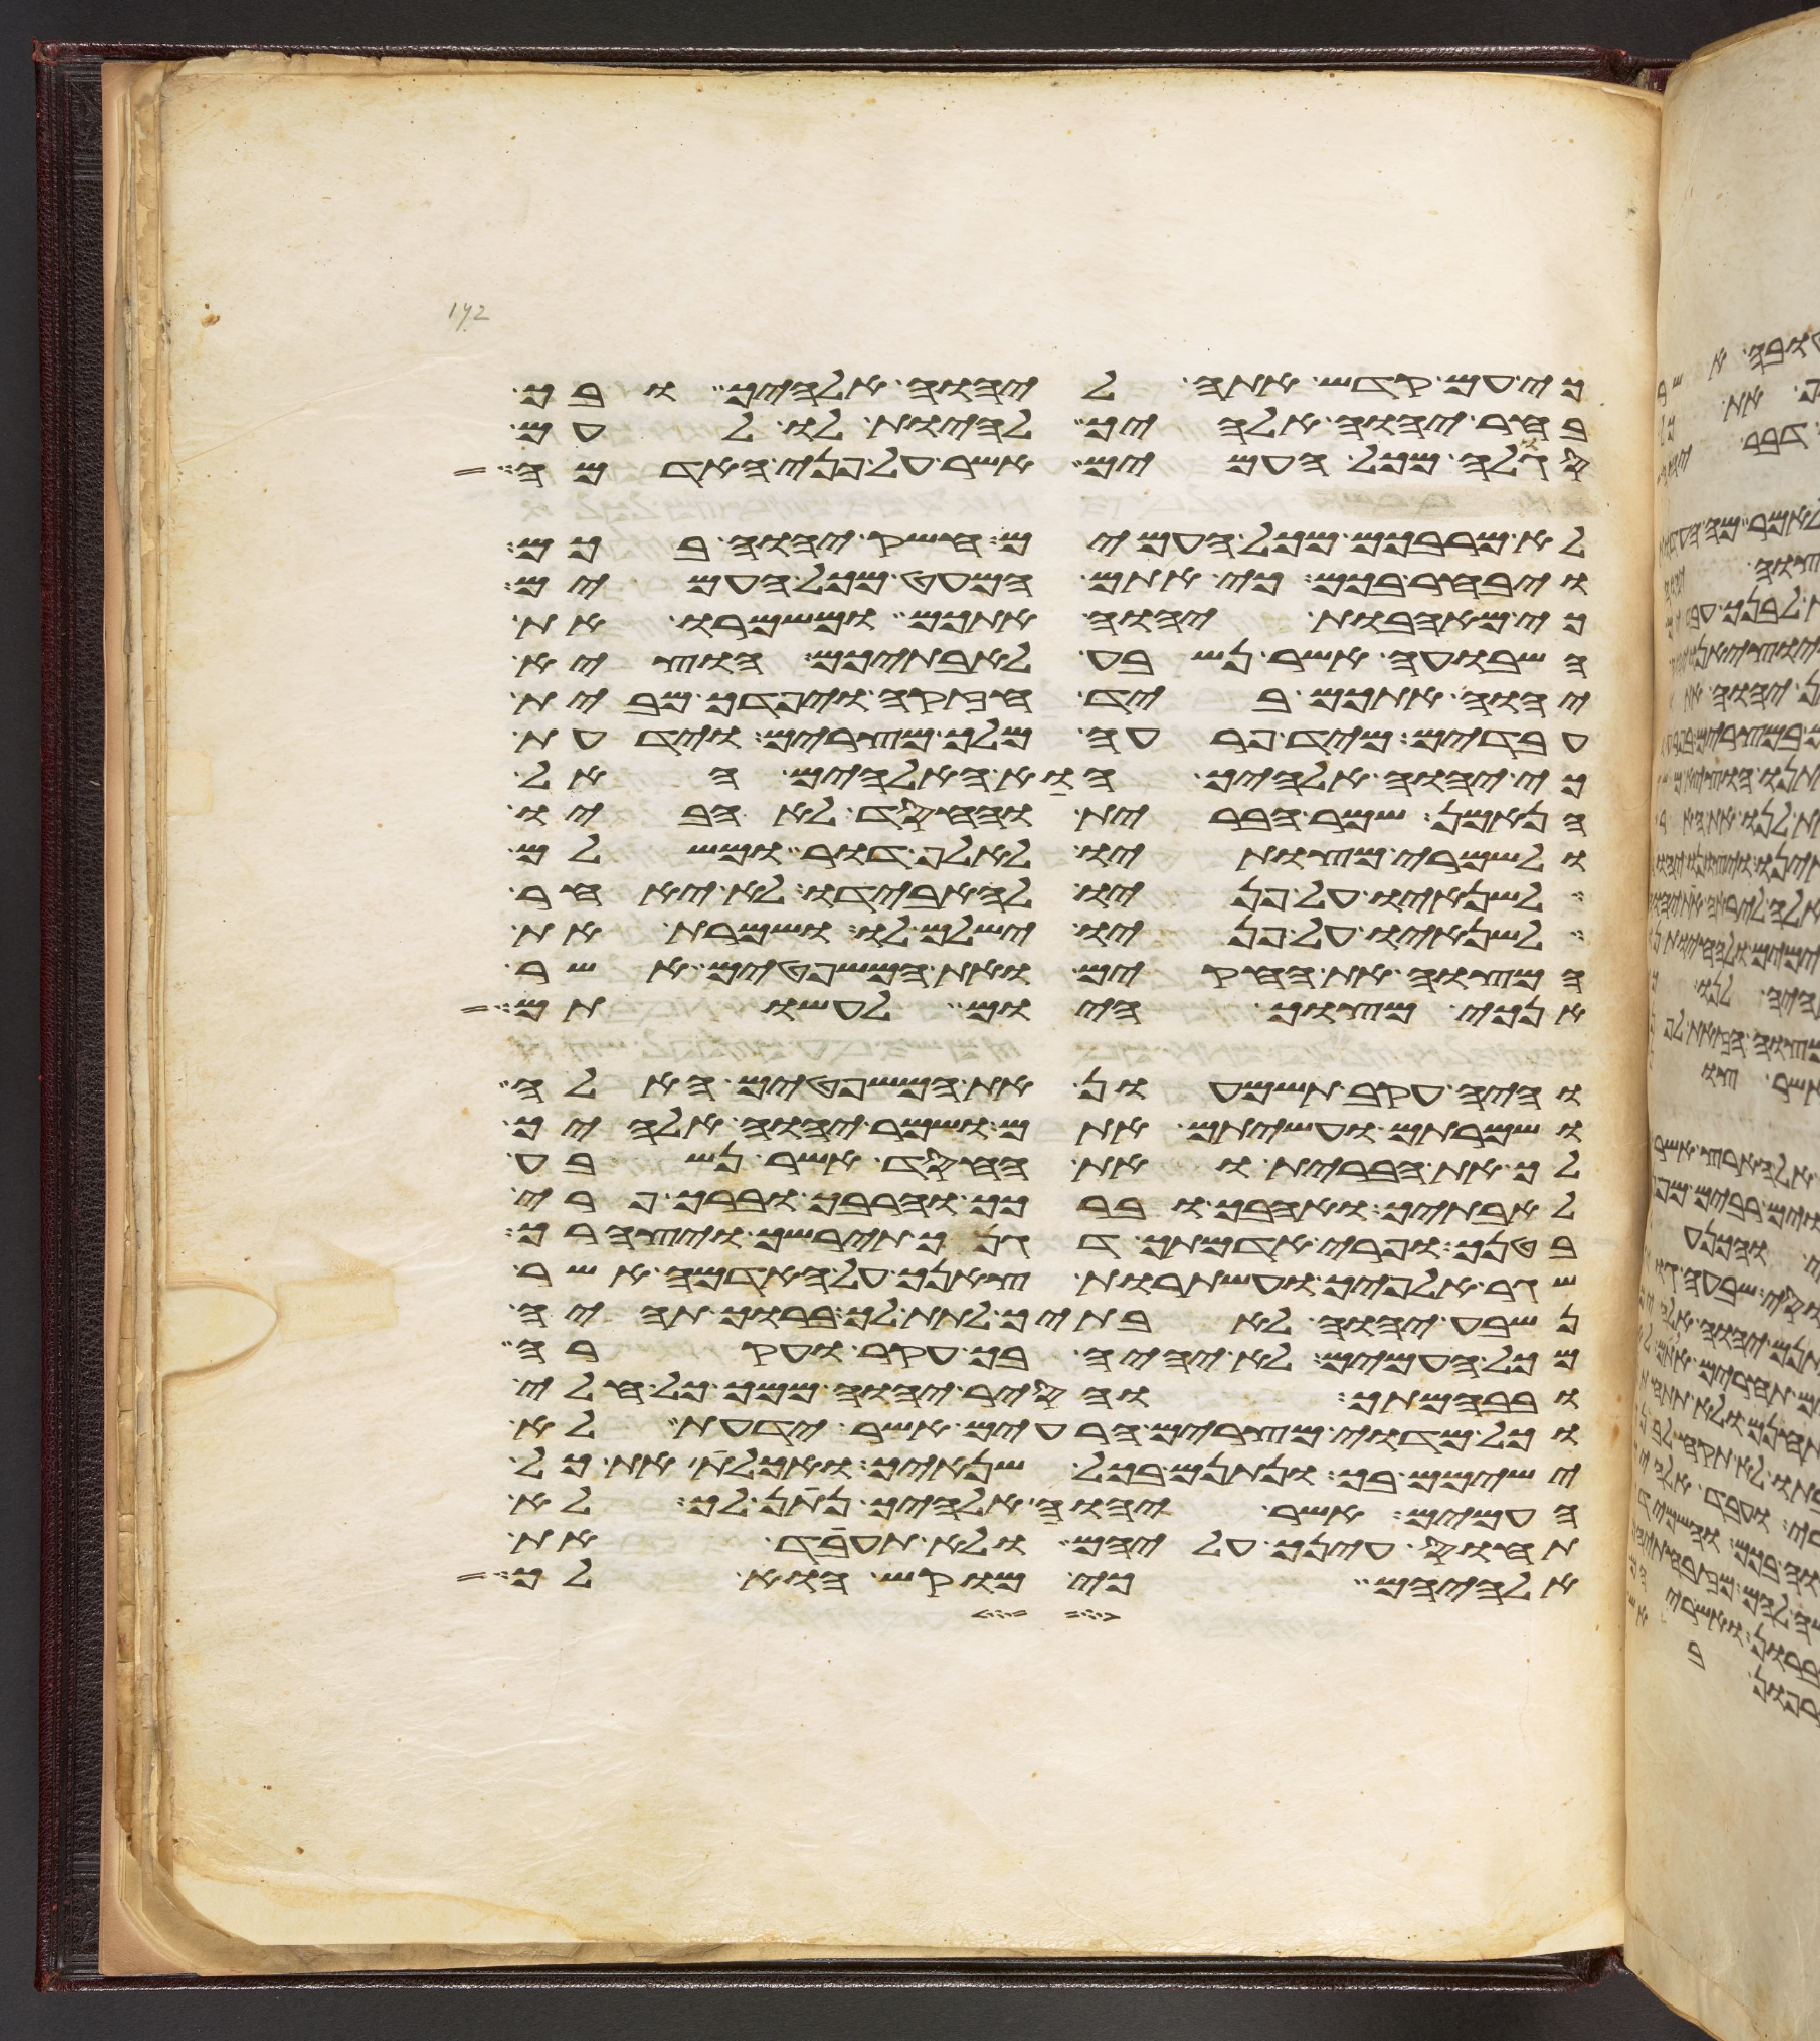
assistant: כי עם קדש אתה ליהוה אלהיך ובך
בחר יהוה אלהיך להיות לו לעם
סגלה מכל העמים אשר על פני האדמה
לא מרבכם מכל העמים חשק יהוה בכם
ויבחר בכם כי אתם המעט מכל העמים
כי מאהבת יהוה אתכם ומשמרו את
השבועה אשר נשבע לאבתיכם הוציא
יהוה אתכם ביד חזקה ויפדך מבית
עבדים מיד פרעה מלך מצרים וידעת
כי יהוה אלהיך הוא האלהים האל
הנאמן שמר הברית והחסד לאהביו
ולשמרי מצותיו לאלף דור ומשלם
לשנאיו על פניו להאבידו לא יאחר
לשנאיו על פניו ישלם לו ושמרת את
המצוה את החקים ואת המשפטים אשר
אנכי מצוך היום לעשותם
והיה עקב תשמעון את המשפטים האלה
ושמרתם ועשיתם אתם ושמר יהוה אלהיך
לך את הברית ואת החסד אשר נשבע
לאבתיך ואהבך וברכך והרבך וברך פרי
בטנך ופרי אדמתך דגנך תירשך ויצהרך
שגר אלפיך ועשתרות צאנך על האדמה אשר
נשבע יהוה לאבתיך לתת לך ברוך תהיה
מכל העמים לא יהיה בך עקר ועקרה
ובבהמתך והסיר יהוה ממך כל חלי
וכל מדוי מצרים הרעים אשר ידעת לא
ישימם בך ונתנם בכל שנאיך ואכלת את כל
העמים אשר יהוה אלהיך נתן לך לא
תחוס עינך עליהם ולא תעבד את
אלהיהם כי מוקש הוא לך